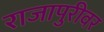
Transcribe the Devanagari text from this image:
राजापुरीवर